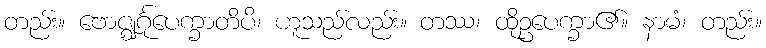
တည်း။ ဗောဇ္ဈင်္ဂုပေက္ခာတိပိ၊ ဟူသည်လည်း။ တဿ၊ ထိုဥပေက္ခာ၏။ နာမံ၊ တည်း။